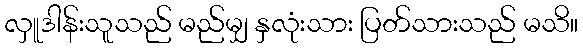
လှူဒါန်းသူသည် မည်မျှ နှလုံးသား ပြတ်သားသည် မသိ။